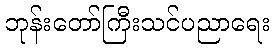
ဘုန်းတော်ကြီးသင်ပညာရေး